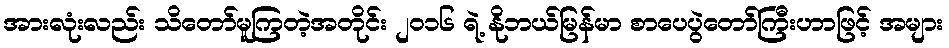
အားလုံးလည်း သိတော်မူကြတဲ့အတိုင်း ၂ဝ၁၆ ရဲ့ နိုဘယ်မြန်မာ စာပေပွဲတော်ကြီးဟာဖြင့် အများ